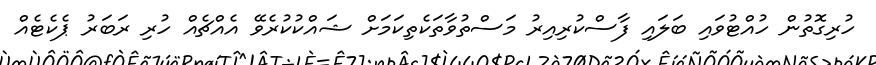
ހުރިގޮތުން ހުއްޓުވައި ބަލައި ފާސްކުރިއިރު މަސްތުވާތަކެތިކަމަށް ޝައްކުކުރެވޭ އެއްޗެއް ހުރި ރަބަރު ޕެކެޓެއް